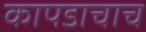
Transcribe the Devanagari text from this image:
कापडाचाच